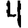
Digit: 4